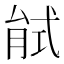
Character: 𢎎